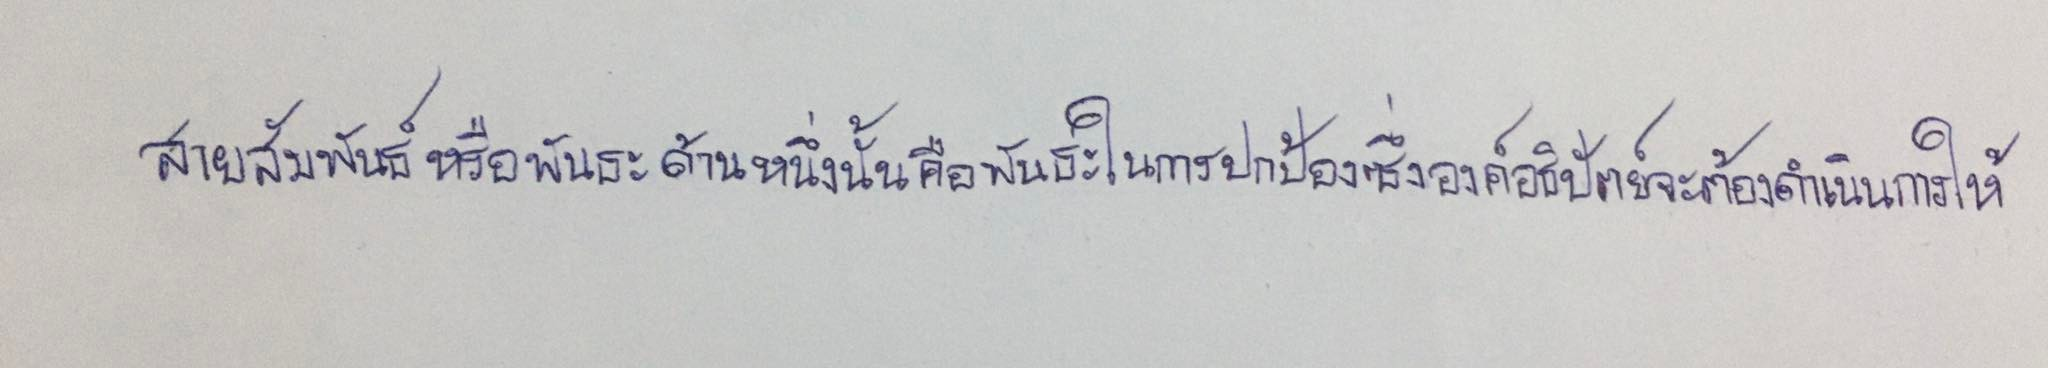
สายสัมพันธ์หรือพันธะด้านหนึ่งนั้นคือพันธะในการปกป้องซึ่งองค์อธิปัตย์จะต้องดำเนินการให้